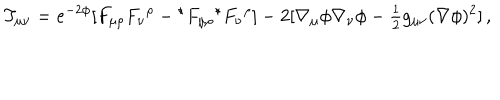
T _ { \mu \nu } = e ^ { - 2 \phi } [ F _ { \mu \rho } F _ { \nu } { } ^ { \rho } - { } ^ { \star } F _ { \mu \rho } { } ^ { \star } F _ { \nu } { } ^ { \rho } ] - 2 [ \nabla _ { \mu } \phi \nabla _ { \nu } \phi - { \textstyle \frac { 1 } { 2 } } g _ { \mu \nu } ( \nabla \phi ) ^ { 2 } ] \, ,